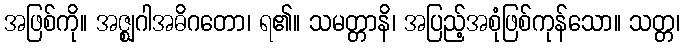
အဖြစ်ကို။ အဇ္ဈဂါအဓိဂတော၊ ရ၏။ သမတ္တာနိ၊ အပြည့်အစုံဖြစ်ကုန်သော။ သတ္တ၊